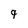
Character: 9